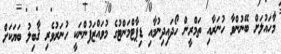
މާހައުލަށް ބޭނުންވާ ހުނަރާއި ތަމްރީން ހޯދައިދިނުމާއި ޑިޕާޓްމަންޓުގެ މުވައްޒަފުންނަކީ ހުނަރުވެރި ޤާބިލު ބަޔަކަށް